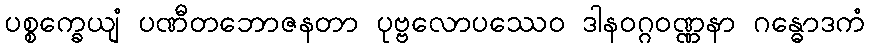
ပစ္စက္ခေယျံ ပဏီတဘောဇနတာ ပုဗ္ဗလောပဿေဝ ဒါနဝဂ္ဂဝဏ္ဏနာ ဂန္ဓောဒကံ